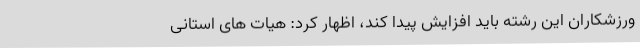
ورزشکاران این رشته باید افزایش پیدا کند، اظهار کرد: هیات های استانی